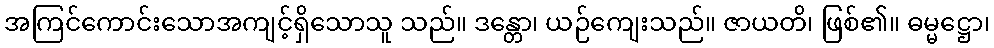
အကြင်ကောင်းသောအကျင့်ရှိသောသူ သည်။ ဒန္တော၊ ယဉ်ကျေးသည်။ ဇာယတိ၊ ဖြစ်၏။ ဓမ္မဋ္ဌော၊